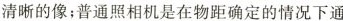
清晰的像；普通照相机是在物距确定的情况下通